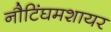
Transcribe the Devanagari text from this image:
नौटिंघमशायर